Leaving Certificate, 1898
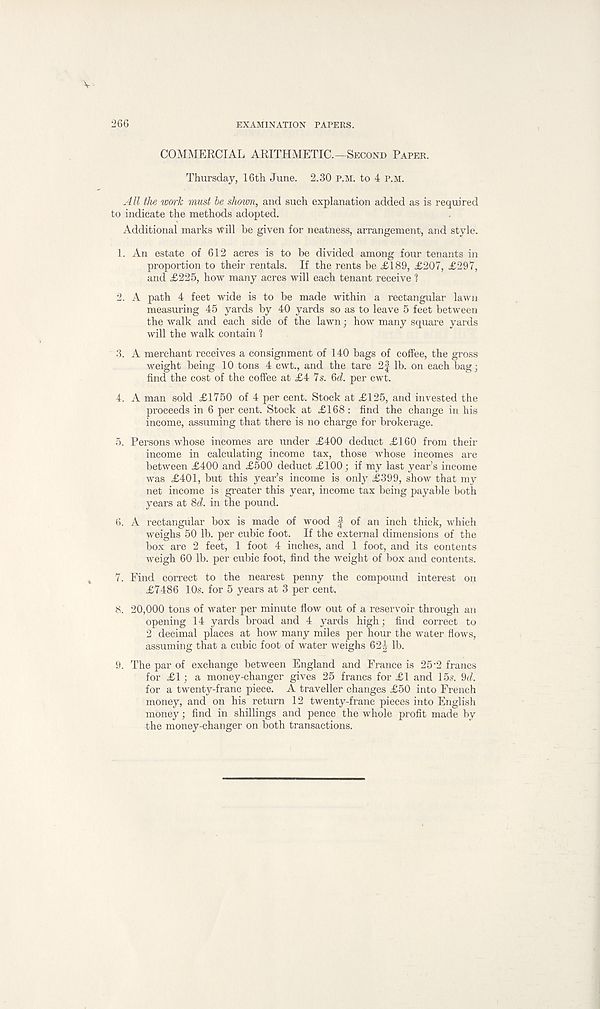
266
EXAMINATION PAPERS.
COMMERCIAL ARITHMETIC.—Second Paper.
Thursday, 16th June. 2.30 p.m. to 4 p.m.
All the work must he shown, and such explanation added as is required
to indicate the methods adopted.
Additional marks Will be given for neatness, arrangement, and style.
1. An estate of 612 acres is to be divided among four tenants in
proportion to their rentals. If the rents be £189, £207, £297,
and £225, how many acres will each tenant receive 1
2. A path 4 feet wide is to be made within a rectangular lawn
measuring 45 yards by 40 yards so as to leave 5 feet between
the walk and each side of the lawn; how many square yards
will the walk contain 1
3. A merchant receives a consignment of 140 bags of coffee, the gross
weight being 10 tons 4 cwt., and the tare 2f lb. on each bag;
find the cost of the coffee at £4 7s. 6d. per cwt.
4. A man sold £1750 of 4 per cent. Stock at £125, and invested the
proceeds in 6 per cent. Stock at £168 : find the change in his
income, assuming that there is no charge for brokerage.
5. Persons whose incomes are under £400 deduct £160 from their
income in calculating income tax, those whose incomes are
between £400 and £500 deduct £100; if my last year’s income
was £401, but this year’s income is only £399, show that my
net income is greater this year, income tax being payable both
years at 8d. in the pound.
6. A rectangular box is made of wood f of an inch thick, which
weighs 50 lb. per cubic foot. If the external dimensions of the
box are 2 feet, 1 foot 4 inches, and 1 foot, and its contents
weigh 60 lb. per cubic foot, find the weight of box and contents.
7. Find correct to the nearest penny the compound interest on
£7486 10s. for 5 years at 3 per cent.
8. 20,000 tons of water per minute flow out of a reservoir through an
opening 14 yards broad and 4 yards high; find correct to
2 decimal places at how many miles per hour the water flows,
assuming that a cubic foot of water weighs 62-| - lb.
9. The par of exchange between England and France is 25-2 francs
for £1; a money-changer gives 25 francs for £1 and 15s. 9d.
for a twenty-franc piece. A traveller changes £50 into French
money, and on his return 12 twenty-franc pieces into English
money; find in shillings and pence the whole profit made by
the money-changer on both transactions.